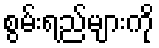
စွမ်းရည်များကို